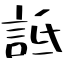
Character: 詆